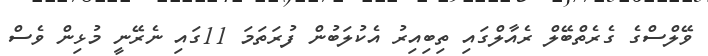
ވޭލްސްގެ ގެރެތްބޭލް ރެއާލްގައި ތިބިއިރު އެކުލަބުން ފުރަތަމަ 11ގައި ނެރޭނީ މުޅިން ވެސް